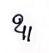
ឩ